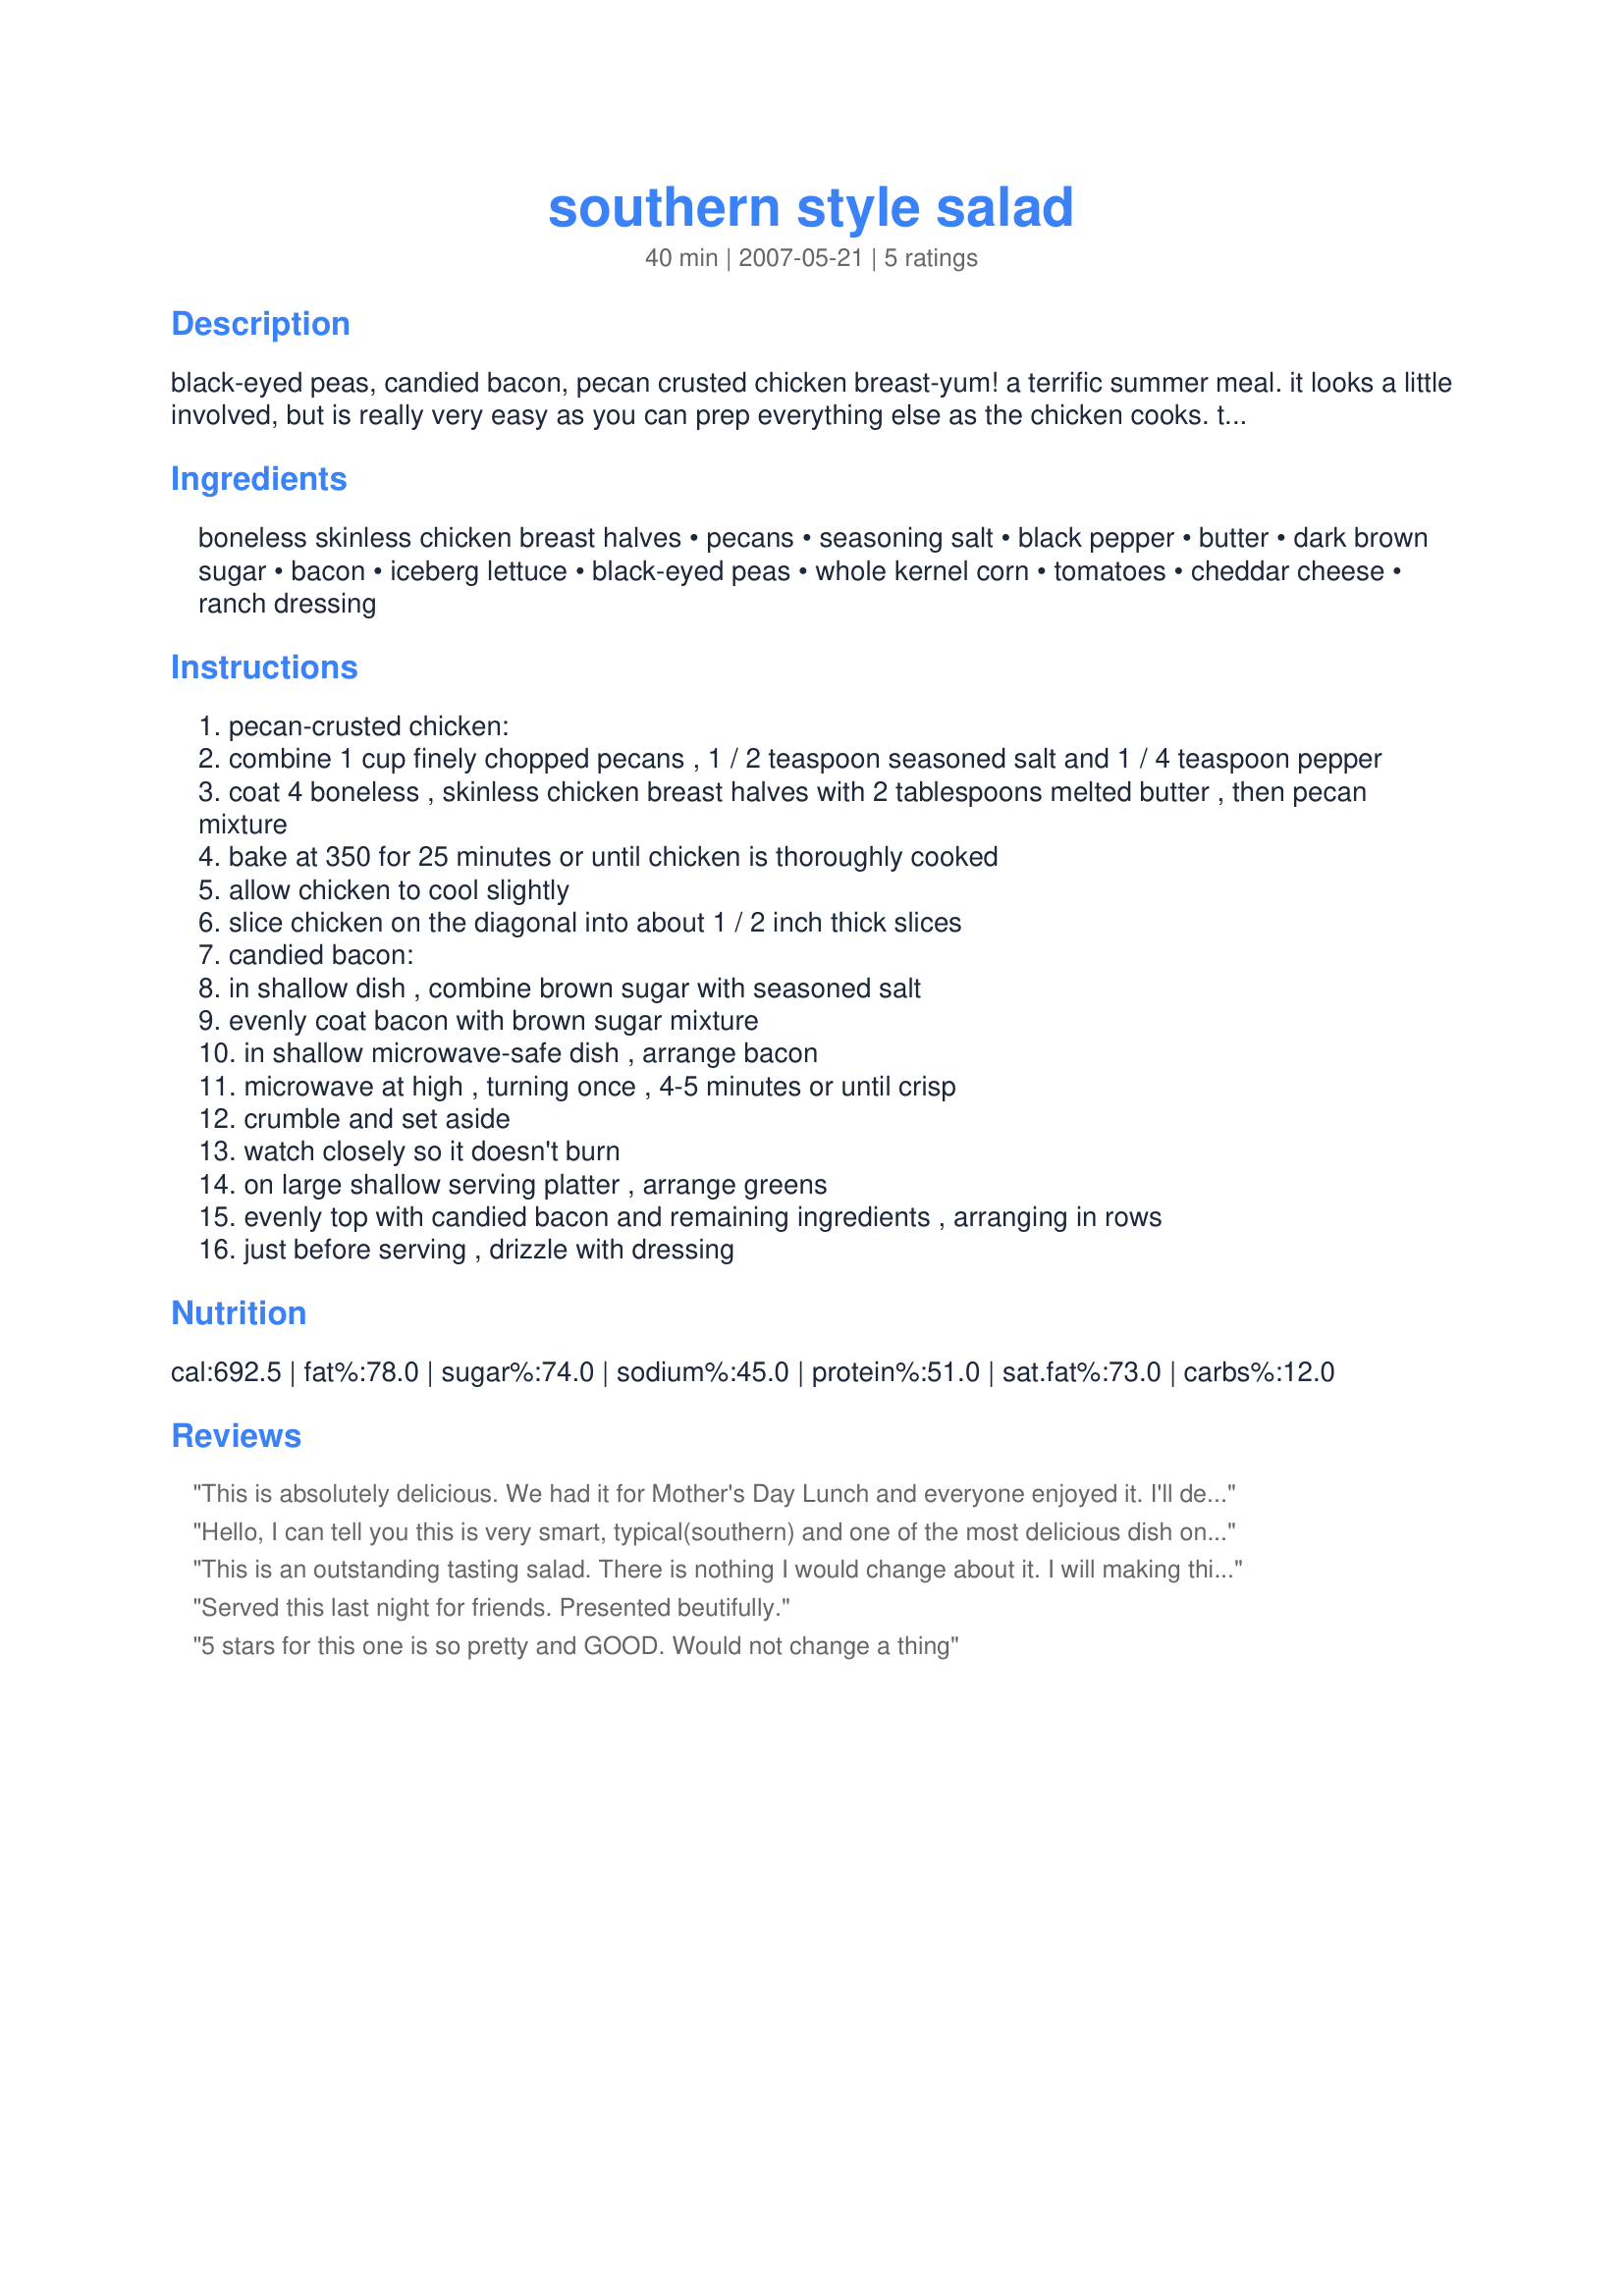
southern style salad
Preparation time: 40 minutes

black-eyed peas, candied bacon, pecan crusted chicken breast-yum! a terrific summer meal. it looks a little involved, but is really very easy as you can prep everything else as the chicken cooks. try a southwestern/southern fusion by substituting ingredients as you like ex: black beans vs black-eyed peas, add sliced avocado, jack vs cheddar, you decide :)
we like our corn and beans or peas warmed a bit, and ate this as a slightly warm salad. note: after making the recipe as directed, i wished i would have doubled the bacon as it really made the salad special.

Ingredients:
boneless skinless chicken breast halves, pecans, seasoning salt, black pepper, butter, dark brown sugar, bacon, iceberg lettuce, black-eyed peas, whole kernel corn, tomatoes, cheddar cheese, ranch dressing

Steps:
pecan-crusted chicken:
combine 1 cup finely chopped pecans , 1 / 2 teaspoon seasoned salt and 1 / 4 teaspoon pepper
coat 4 boneless , skinless chicken breast halves with 2 tablespoons melted butter , then pecan mixture
bake at 350 for 25 minutes or until chicken is thoroughly cooked
allow chicken to cool slightly
slice chicken on the diagonal into about 1 / 2 inch thick slices
candied bacon:
in shallow dish , combine brown sugar with seasoned salt
evenly coat bacon with brown sugar mixture
in shallow microwave-safe dish , arrange bacon
microwave at high , turning once , 4-5 minutes or until crisp
crumble and set aside
watch closely so it doesn't burn
on large shallow serving platter , arrange greens
evenly top with candied bacon and remaining ingredients , arranging in rows
just before serving , drizzle with dressing

Reviews:
This is absolutely delicious. We had it for Mother's Day Lunch and everyone enjoyed it. I'll definitely keep making this one!
Hello, I can tell you this is very smart, typical(southern) and one of the most delicious dish one can prepare.
This is an outstanding tasting salad. There is nothing I would change about it. I will making this often!
Served this last night for friends. Presented beutifully.
5 stars for this one is so pretty and GOOD. Would not change a thing
